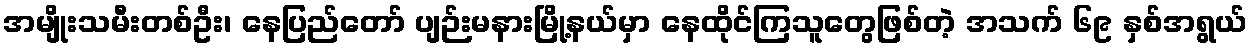
အမျိုးသမီးတစ်ဦး၊ နေပြည်တော် ပျဉ်းမနားမြို့နယ်မှာ နေထိုင်ကြသူတွေဖြစ်တဲ့ အသက် ၆၉ နှစ်အရွယ်